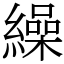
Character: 繰